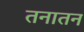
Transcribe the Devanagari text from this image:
तनातन